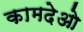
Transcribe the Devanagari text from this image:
कामदेओ